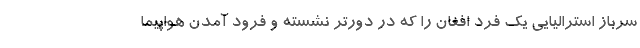
سرباز استرالیایی یک فرد افغان را که در دورتر نشسته و فرود آمدن هواپیما